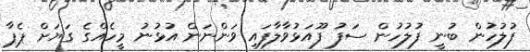
ފުލުހުން ބުނީ ފުލުހުން ސަފު ފޫއަޅުވާލާފައި ވަންނަން އުޅުނު މީހެއްގެ ގަޔަށް ޕެޕާ